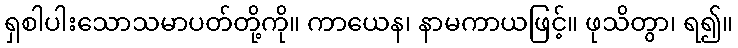
ရှစါပါးသောသမာပတ်တို့ကို။ ကာယေန၊ နာမကာယဖြင့်။ ဖုသိတွာ၊ ရ၍။